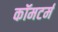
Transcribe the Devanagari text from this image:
कॉमटर्म